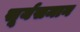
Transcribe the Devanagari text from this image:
सूर्यसमान